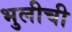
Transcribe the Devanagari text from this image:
भुलीची